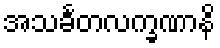
အသင်္ခတလက္ခဏာနိ